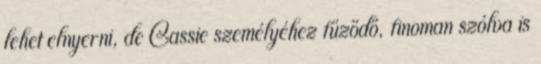
lehet elnyerni, de Cassie személyéhez fűződő, finoman szólva is